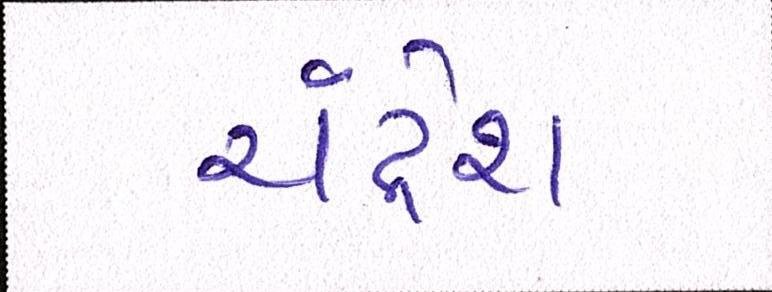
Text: ચંદ્રેશ